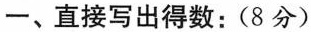
一、直接写出得数：(8分)